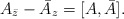
\begin{align*}A_{\bar z}-\bar A_z=[A,\bar A].\end{align*}